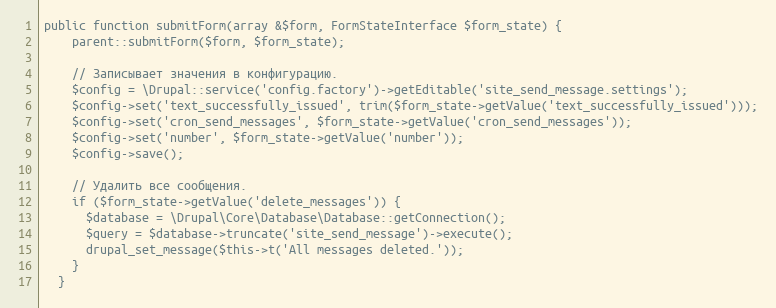
Language: PHP
public function submitForm(array &$form, FormStateInterface $form_state) {
    parent::submitForm($form, $form_state);

    // Записывает значения в конфигурацию.
    $config = \Drupal::service('config.factory')->getEditable('site_send_message.settings');
    $config->set('text_successfully_issued', trim($form_state->getValue('text_successfully_issued')));
    $config->set('cron_send_messages', $form_state->getValue('cron_send_messages'));
    $config->set('number', $form_state->getValue('number'));
    $config->save();

    // Удалить все сообщения.
    if ($form_state->getValue('delete_messages')) {
      $database = \Drupal\Core\Database\Database::getConnection();
      $query = $database->truncate('site_send_message')->execute();
      drupal_set_message($this->t('All messages deleted.'));
    }
  }